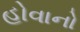
હોવાનો